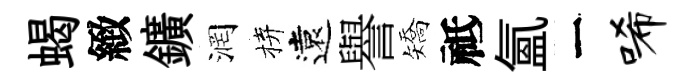
蝎緻鑛润拚遠譽矯祗氳一唏